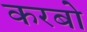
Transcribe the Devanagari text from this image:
करबो